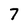
Character: 7